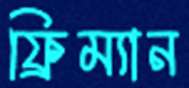
ফ্রিম্যান